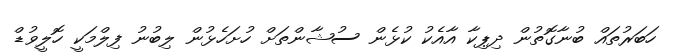
ހަބަރުތައް ބުނާގޮތުން ދިޕިކާ އާއެކު ކުޅެން ސުޝާންތަށް ހުށަހެޅުން ލިބުނު ފިލްމަކީ ހޮލީވުޑް